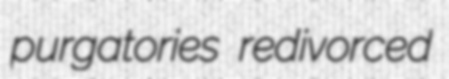
purgatories redivorced